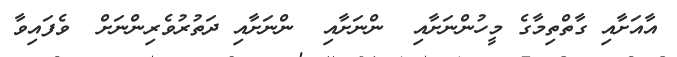
އާއަށާއި ގާތްތިމާގެ މީހުންނަށާއި  ންނަށާއި  ންނަށާއި ދަތުރުވެރިންނަށް  ވެފައިވާ